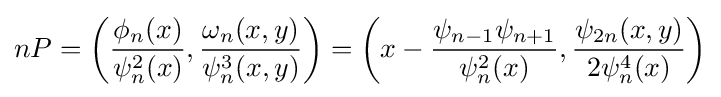
nP=\left({\frac {\phi _{n}(x)}{\psi _{n}^{2}(x)}},{\frac {\omega _{n}(x,y)}{\psi _{n}^{3}(x,y)}}\right)=\left(x-{\frac {\psi _{n-1}\psi _{n+1}}{\psi _{n}^{2}(x)}},{\frac {\psi _{2n}(x,y)}{2\psi _{n}^{4}(x)}}\right)